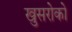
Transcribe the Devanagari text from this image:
खुसरोको